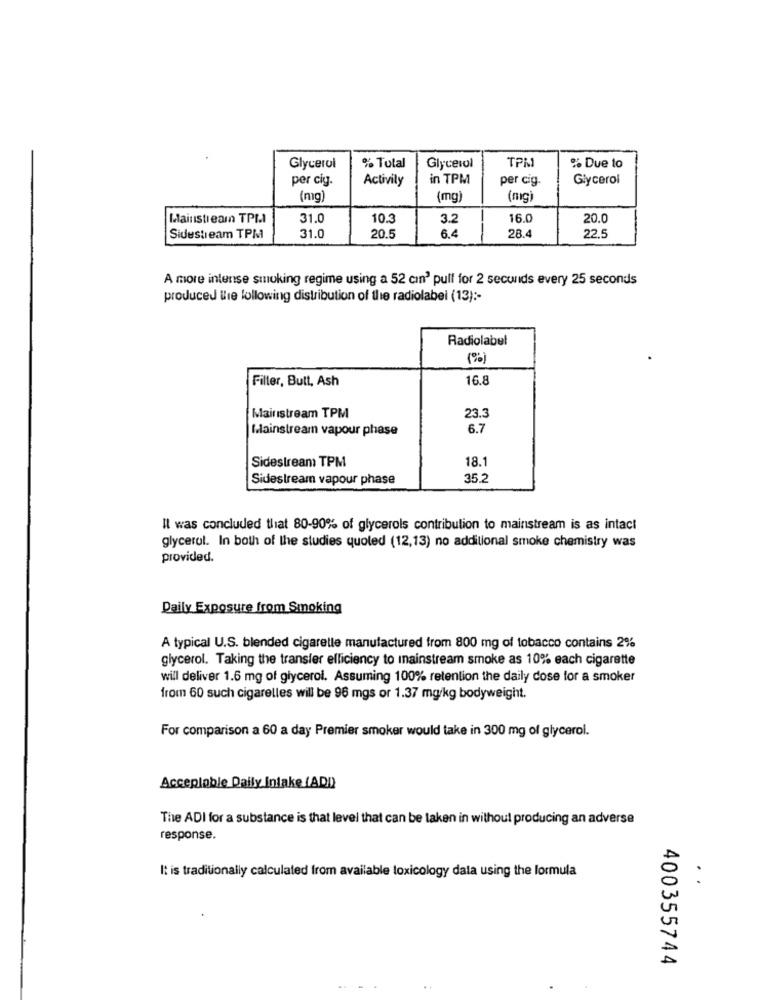
TPM
Glycerol
% Total
Glycerol
% Due to
per cig.
Activity
in TPM
per cig.
Glycerol
(mg)
(mg)
(mg)
Mainstream TPI.I
31.0
10.3
3.2
16.0
20.0
Sidestream TPM
31.0
20.5
6.4
28.4
22.5
A more intense smoking regime using a 52 cmn' pull for 2 seconds every 25 seconds
produced lie following distribution of the radiolabel (13) :-
Radiolabel
(%)
Filter, Butt, Ash
16.8
Mainstream TPM
23.3
Mainstream vapour phase
6.7
Sidestream TPM
18.1
Sidestream vapour phase
35.2
Il was concluded that 80-90% of glycerols contribution to mainstream is as intact
glycerol. In both of the studies quoted (12,13) no additional smoke chemistry was
provided.
Daily Exposure from Smoking
A typical U.S. blended cigarette manufactured from 800 mg of tobacco contains 2%
glycerol. Taking the transfer efficiency to inainstream smoke as 10% each cigarette
will deliver 1.6 mg of glycerol. Assuming 100% retention the daily dose for a smoker
from 60 such cigarelles will be 96 mgs or 1.37 mg/kg bodyweight.
For comparison a 60 a day Premier smoker would take in 300 mg of glycerol.
Acceptable Daily Inlake (ADD)
The ADI for a substance is that level that can be taken in without producing an adverse
response.
It is traditionally calculated from available toxicology dala using the formula
.
400355744